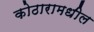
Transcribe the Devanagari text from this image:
कोठारामधील